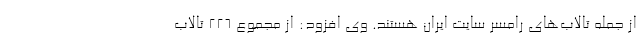
از جمله تالاب‌های رامسر سایت ایران هستند. وی افزود: از مجموع ۲۲۶ تالاب